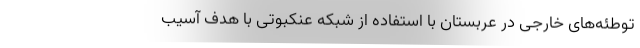
توطئه‌های خارجی در عربستان با استفاده از شبکه عنکبوتی با هدف آسیب